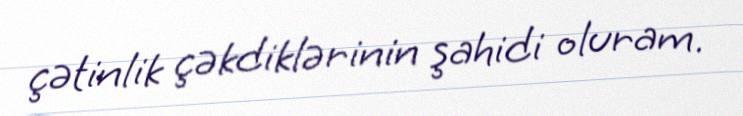
çətinlik çəkdiklərinin şahidi oluram.